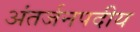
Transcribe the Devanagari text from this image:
अंतर्जनपदीय